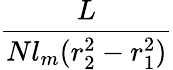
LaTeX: \frac{L}{Nl_{m}(r_{2}^{2}-r_{1}^{2})}